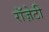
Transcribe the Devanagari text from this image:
रॉज़ेटी